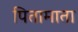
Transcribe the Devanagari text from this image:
पितामाता